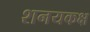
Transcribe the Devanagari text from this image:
शनयकक्ष